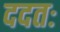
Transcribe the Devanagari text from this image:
ददतः